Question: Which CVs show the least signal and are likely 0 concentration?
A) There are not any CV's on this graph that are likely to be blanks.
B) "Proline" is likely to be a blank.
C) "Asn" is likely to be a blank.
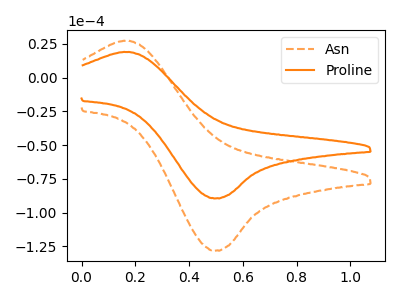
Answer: <think>The orange dashed curve "Asn" has an anodic peak at (0.15V, 27.20uA) and a cathodic peak at (0.50V, -128.05uA). The orange curve "Proline" has an anodic peak at (0.15V, 19.00uA) and a cathodic peak at (0.50V, -89.40uA).</think>
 <answer>A) There are not any CV's on this graph that are likely to be blanks.</answer>
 <eval>A</eval>